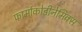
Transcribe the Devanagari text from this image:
फार्माकोडीनेमिक्स